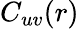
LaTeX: C_{uv}(r)